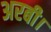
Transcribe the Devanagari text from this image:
अरबी।